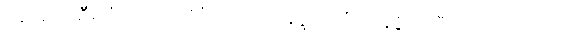
ပန၊ ဆက်ဦးအံ့။ ဧသာ၊ ထိုပီတိသည်။ ခုဒ္ဒိကာပီတိ၊ ခုဒ္ဒိကာပီလည်းကောင်း။